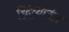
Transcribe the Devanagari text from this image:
हिंदूंच्यानंतर